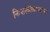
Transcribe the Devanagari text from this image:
निःशस्त्रीकरणाच्या